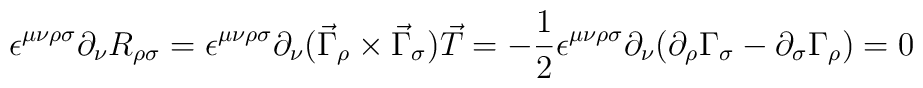
\epsilon^{\mu \nu \rho \sigma} \partial_\nu R_{\rho \sigma} = \epsilon^{\mu \nu \rho \sigma} \partial_\nu (\vec{\Gamma}_\rho \times \vec{\Gamma}_\sigma) \vec{T} = - \frac{1}{2} \epsilon^{\mu \nu \rho \sigma} \partial_\nu (\partial_\rho \Gamma_\sigma - \partial_\sigma \Gamma_\rho) = 0